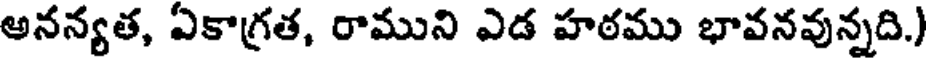
అనన్యత, ఏకాగ్రత, రాముని ఎడ హఠము భావనవున్నది.)